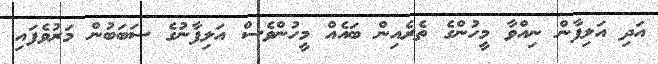
އަދި އަލިފާން ނިއްވާ މީހުންގެ ތެރެއިން ބައެއް މީހުންވެސް އަލިފާނުގެ ސަބަބުން މަރުވެފައި